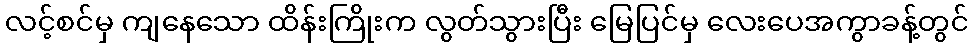
လင့်စင်မှ ကျနေသော ထိန်းကြိုးက လွတ်သွားပြီး မြေပြင်မှ လေးပေအကွာခန့်တွင်